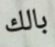
بالك